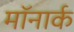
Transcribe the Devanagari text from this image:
मॉनार्क